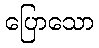
ပြောသော